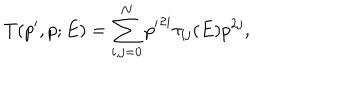
LaTeX: T ( p ^ { \prime } , p ; E ) = \sum _ { i , j = 0 } ^ { N } { p ^ { \prime } } ^ { 2 i } \tau _ { i j } ( E ) p ^ { 2 j } ,